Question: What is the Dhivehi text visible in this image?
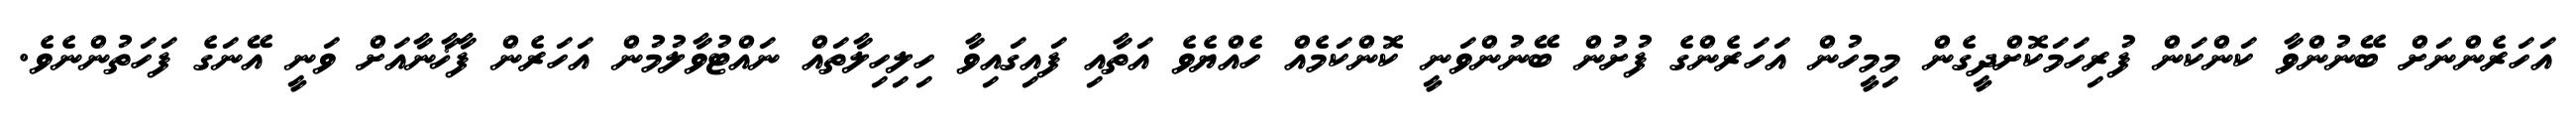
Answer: އަހަރެންނަށް ބޭނުންވާ ކަންކަން ފުރިހަމަކޮށްދީގެން މިމީހުން އަހަރެންގެ ފުށުން ބޭނުންވަނީ ކޮންކަމެއް ހެއްޔެވެ އަތާއި ފައިގައިވާ ހިލިހިލާތައް ނައްޓުވާލުމުން އަހަރެން ފާޚާނާއަށް ވަނީ އޭނަގެ ފަހަތުންނެވެ.